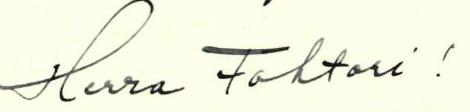
Herra Tohtori!